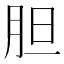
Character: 胆